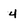
Character: 4